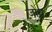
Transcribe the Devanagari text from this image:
ज़ोथ